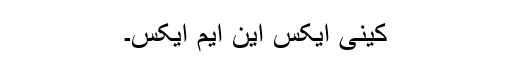
کینی ایکس این ایم ایکس۔